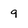
Character: 9